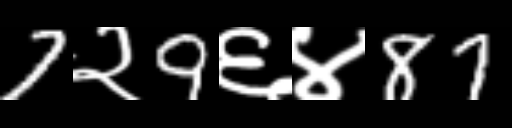
Text: 7२9६४87